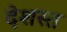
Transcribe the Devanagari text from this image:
देशस्त